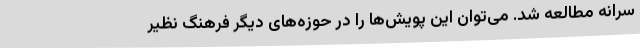
سرانه مطالعه شد. می‌توان این پویش‌ها را در حوزه‌های دیگر فرهنگ نظیر